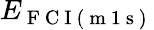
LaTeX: E_{\mathrm{~F~C~I~(~m~1~s~)~}}